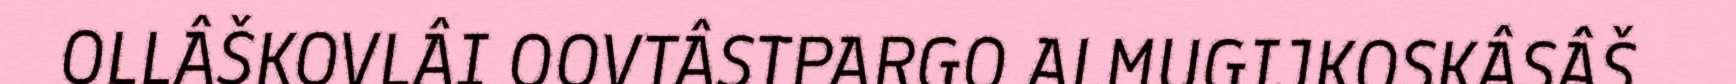
OLLÂŠKOVLÂI OOVTÂSTPARGO ALMUGIJKOSKÂSÂŠ